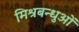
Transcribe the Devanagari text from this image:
मिश्रबन्धुओं